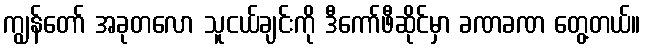
ကျွန်တော် အခုတလော သူငယ်ချင်းကို ဒီကော်ဖီဆိုင်မှာ ခဏခဏ တွေ့တယ်။